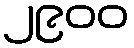
၂၉၀၀